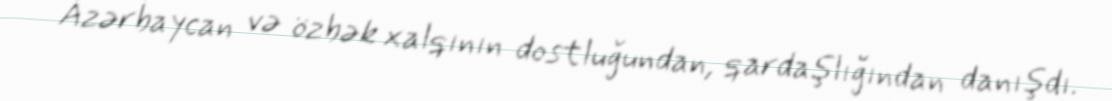
Azərbaycan və özbək xalqının dostluğundan, qardaşlığından danışdı.